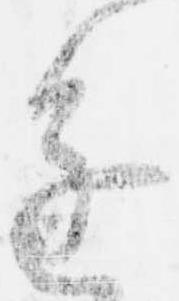
進